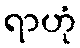
ရာဟုံ